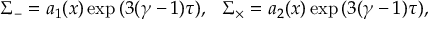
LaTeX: \Sigma _ { - } = a _ { 1 } ( x ) \exp { ( 3 ( \gamma - 1 ) \tau ) } , ~ ~ \Sigma _ { \times } = a _ { 2 } ( x ) \exp { ( 3 ( \gamma - 1 ) \tau ) } ,